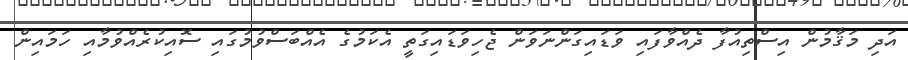
އަދި މަޤާމުން އިސްތިއުފާ ދެއްވާފައި ވަޑައިގަންނަވަން ޖެހިވަޑައިގަތީ އެކަމުގެ އެއްބަސްވުމުގައި ސޮއިކުރެއްވުމާއި ހަމައިން